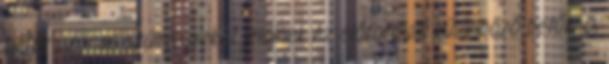
betűk azonos számjegyeket jelölnek Az előforduló különböző betűk: D,